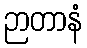
ဉာတာနံ